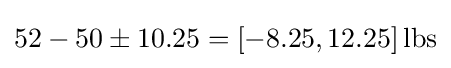
52-50\pm 10.25=[-8.25,12.25]\,{\text{lbs}}